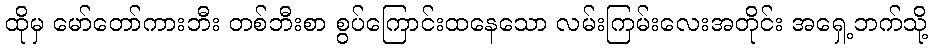
ထိုမှ မော်တော်ကားဘီး တစ်ဘီးစာ စွပ်ကြောင်းထနေသော လမ်းကြမ်းလေးအတိုင်း အရှေ့ဘက်သို့